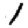
Digit: 1